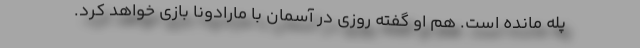
پله مانده است. هم او گفته روزی در آسمان با مارادونا بازی خواهد کرد.